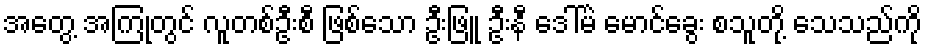
အတွေ့ အကြုံတွင် လူတစ်ဦးစီ ဖြစ်သော ဦးဖြူ ဦးနီ ဒေါ်မဲ မောင်ခွေး စသူတို့ သေသည်ကို